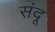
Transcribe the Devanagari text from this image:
संदू